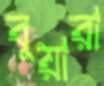
বুয়ারা